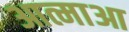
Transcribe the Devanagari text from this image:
आत्माआ